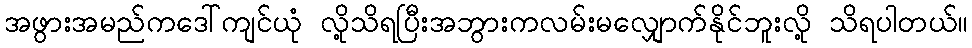
အဖွားအမည်ကဒေါ်ကျင်ယုံ လို့သိရပြီးအဘွားကလမ်းမလျှောက်နိုင်ဘူးလို့ သိရပါတယ်။